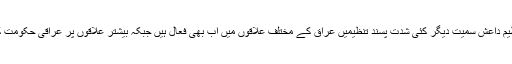
دہشت گرد تنظیم داعش سمیت دیگر کئی شدت پسند تنظیمیں عراق کے مختلف علاقوں میں اب بھی فعال ہیں جبکہ بیشتر علاقوں پر عراقی حکومت کا کنٹرول ہے۔